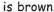
is brown.